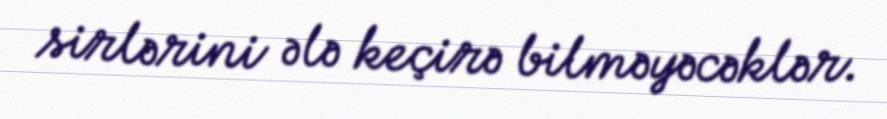
sirlərini ələ keçirə bilməyəcəklər.